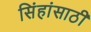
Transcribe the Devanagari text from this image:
सिंहांसाठी